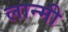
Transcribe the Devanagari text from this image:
लान्मी